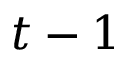
t - 1